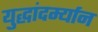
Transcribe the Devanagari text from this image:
युद्धांदर्म्यान